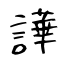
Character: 譁